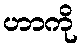
ဟာကို